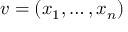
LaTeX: v = ( x _ { 1 } , \ldots , x _ { n } )